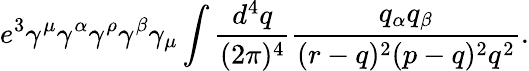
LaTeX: e^{3}\gamma^{\mu}\gamma^{\alpha}\gamma^{\rho}\gamma^{\beta}\gamma_{\mu}\int{\frac{d^{4}q}{(2\pi)^{4}}}{\frac{q_{\alpha}q_{\beta}}{(r-q)^{2}(p-q)^{2}q^{2}}}.